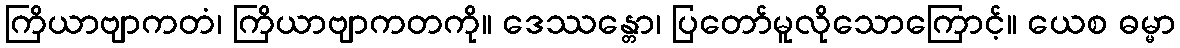
ကြိယာဗျာကတံ၊ ကြိယာဗျာကတကို။ ဒေဿန္တော၊ ပြတော်မူလိုသောကြောင့်။ ယေစ ဓမ္မာ